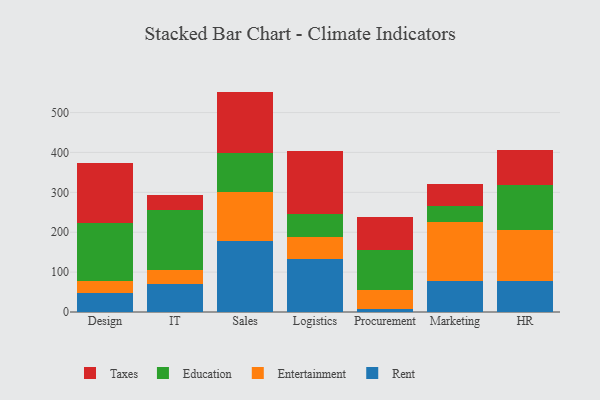
{"axis": {"x": "Department", "y": "Tickets Resolved"}, "legend": ["Education", "Entertainment", "Rent", "Taxes"], "data": [{"x": "Design", "y": 46.8, "type": "Rent"}, {"x": "Design", "y": 31.9, "type": "Entertainment"}, {"x": "Design", "y": 145.5, "type": "Education"}, {"x": "Design", "y": 149.0, "type": "Taxes"}, {"x": "IT", "y": 71.0, "type": "Rent"}, {"x": "IT", "y": 33.2, "type": "Entertainment"}, {"x": "IT", "y": 150.4, "type": "Education"}, {"x": "IT", "y": 39.5, "type": "Taxes"}, {"x": "Sales", "y": 178.6, "type": "Rent"}, {"x": "Sales", "y": 122.1, "type": "Entertainment"}, {"x": "Sales", "y": 97.6, "type": "Education"}, {"x": "Sales", "y": 154.2, "type": "Taxes"}, {"x": "Logistics", "y": 132.2, "type": "Rent"}, {"x": "Logistics", "y": 54.9, "type": "Entertainment"}, {"x": "Logistics", "y": 57.4, "type": "Education"}, {"x": "Logistics", "y": 158.9, "type": "Taxes"}, {"x": "Procurement", "y": 6.9, "type": "Rent"}, {"x": "Procurement", "y": 47.3, "type": "Entertainment"}, {"x": "Procurement", "y": 101.3, "type": "Education"}, {"x": "Procurement", "y": 82.6, "type": "Taxes"}, {"x": "Marketing", "y": 77.3, "type": "Rent"}, {"x": "Marketing", "y": 147.4, "type": "Entertainment"}, {"x": "Marketing", "y": 40.7, "type": "Education"}, {"x": "Marketing", "y": 56.7, "type": "Taxes"}, {"x": "HR", "y": 77.6, "type": "Rent"}, {"x": "HR", "y": 128.6, "type": "Entertainment"}, {"x": "HR", "y": 111.2, "type": "Education"}, {"x": "HR", "y": 89.5, "type": "Taxes"}]}